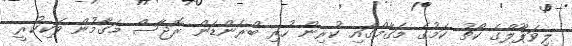
ލިވަޕޫލްގެ ކޯޗު ކަމުގެ މަގާމްގައި ކުރިން ހުރި ބްރެންޑަން ރޮޖާސް މަގާމުން ވަކިކުރީ